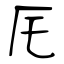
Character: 厇